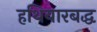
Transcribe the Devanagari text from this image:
हथियारबद्ध